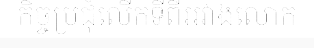
កិច្ចប្រជុំលើកទីពីររវាងលោក